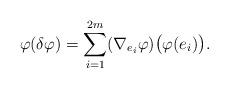
LaTeX: \begin{align*} \varphi (\delta \varphi) = \sum _{i = 1} ^{2 m} (\nabla _{e _i} \varphi) \big(\varphi (e _i)\big). \end{align*}